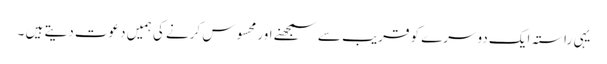
یہی راستہ ایک دوسرے کو قریب سے سمجھنے اور محسوس کرنے کی ہمیں دعوت دیتے ہیں ۔